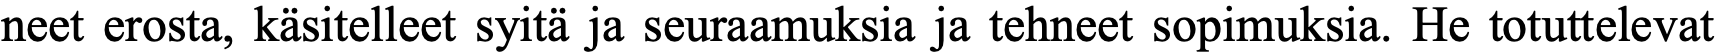
neet erosta, käsitelleet syitä ja seuraamuksia ja tehneet sopimuksia. He totuttelevat